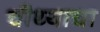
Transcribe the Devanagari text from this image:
चौथ्याचा